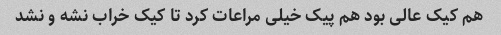
هم کیک عالی بود هم پیک خیلی مراعات کرد تا کیک خراب نشه و نشد